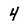
Character: 4